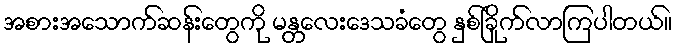
အစားအသောက်ဆန်းတွေကို မန္တလေးဒေသခံတွေ နှစ်ခြိုက်လာကြပါတယ်။